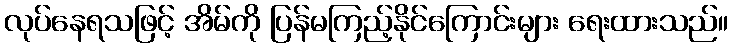
လုပ်နေရသဖြင့် အိမ်ကို ပြန်မကြည့်နိုင်ကြောင်းများ ရေးထားသည်။